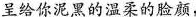
呈给你泥黑的温柔的脸颜，